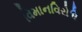
વિમાનવિરોધિ